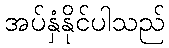
အပ်နှံနိုင်ပါသည်